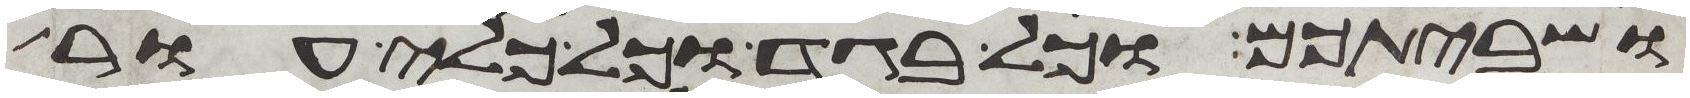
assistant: ושביתכם וכל בגד וכל כלי עור